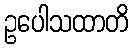
ဥပေါသထာတိ